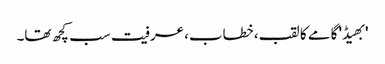
'بھیڈ' گامے کا لقب، خطاب، عرفیت سب کچھ تھا۔